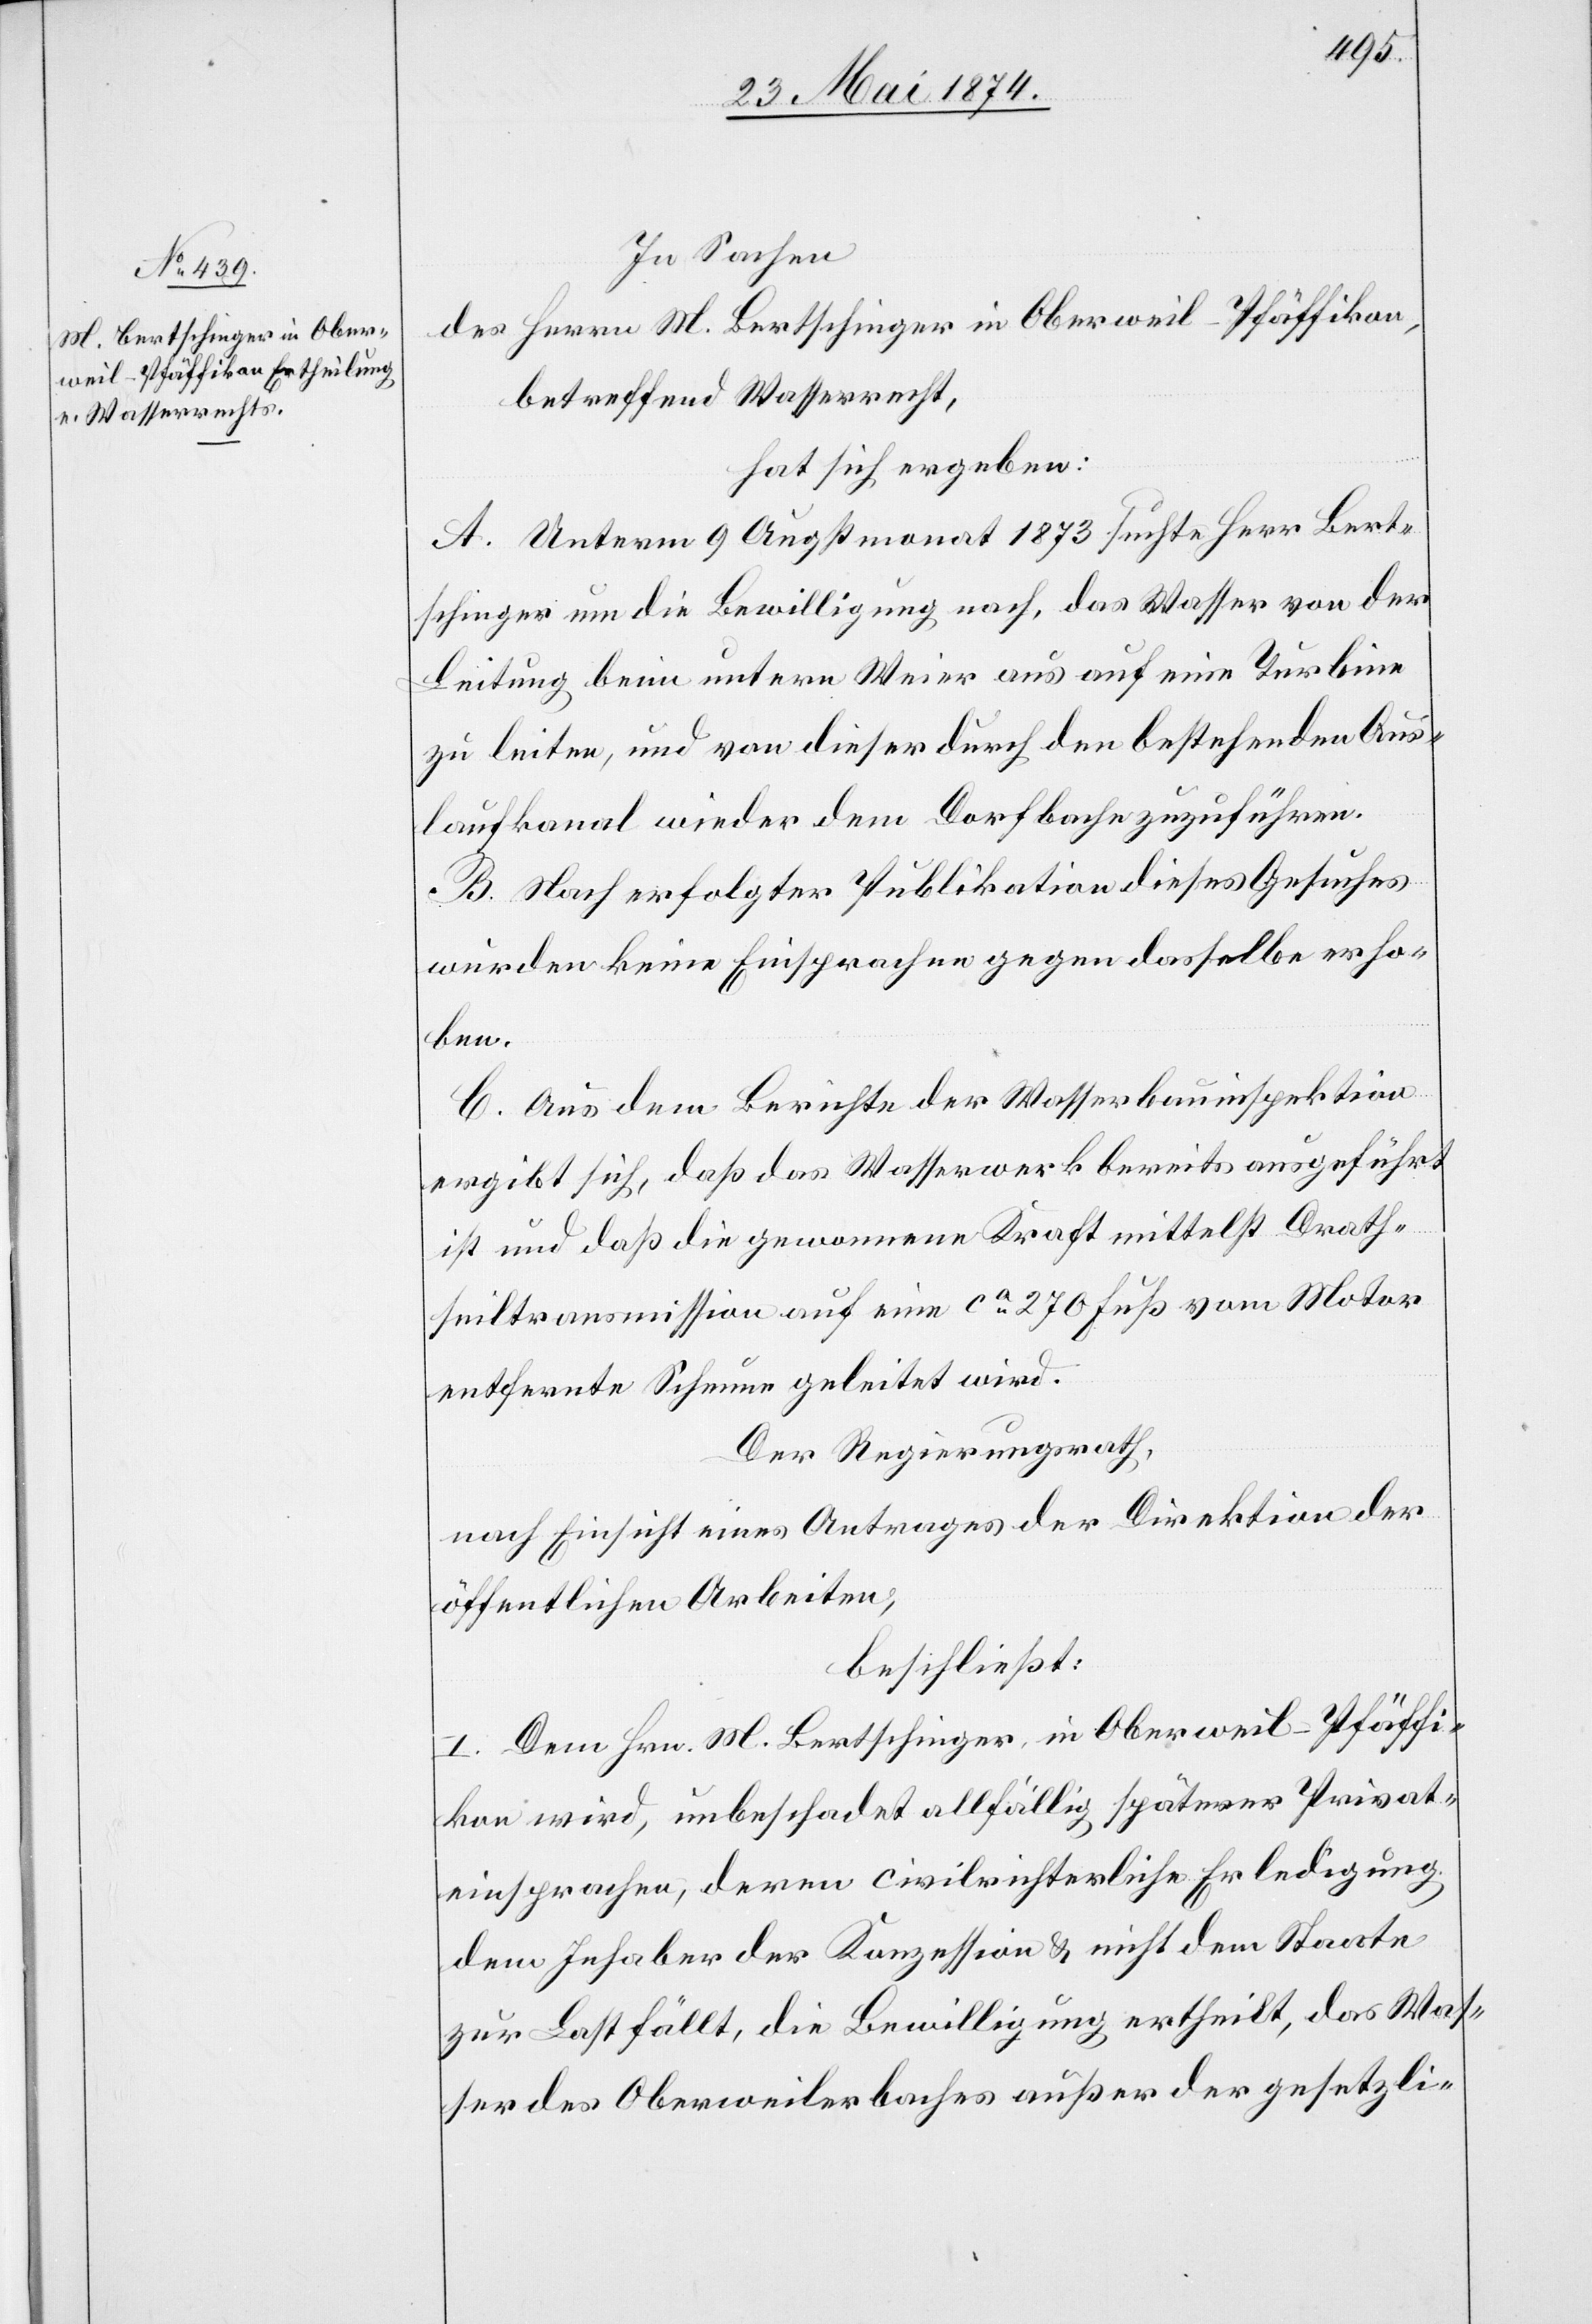
In Sachen
des Herrn M. Bertschinger in Oberweil-Pfäffikon,
betreffend Wasserrecht,
hat sich ergeben:
A. Unterm 9. Augstmonat 1873 suchte Herr Bert¬
schinger um die Bewilligung nach, das Wasser von der
Leitung beim untern Weier aus auf eine Turbine
zu leiten, und von dieser durch den bestehenden Aus¬
laufkanal wieder dem Dorfbache zuzuführen.
B. Nach erfolgter Publikation dieses Gesuches
wurden keine Einsprachen gegen dasselbe erho¬
ben.
C. Aus dem Berichte der Wasserbauinspektion
ergibt sich, daß das Wasserwerk bereits ausgeführt
ist und daß die gewonnene Kraft mittelst Drath¬
seiltransmission auf eine ca 270 Fuß vom Motor
entfernte Schnur geleitet wird.
Der Regierungsrath,
nach Einsicht eines Antrages der Direktion der
öffentlichen Arbeiten,
beschließt:
I. Dem Hrn. M. Bertschinger, in Oberweil-Pfäffi¬
kon wird, unbeschadet allfällig späterer Privat¬
einsprachen, deren civilrichterliche Erledigung
dem Inhaber der Konzession u. nicht dem Staate
zur Last fällt, die Bewilligung ertheilt, das Was¬
ser des Oberweilerbaches außer der gesetzli-